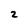
Character: 2